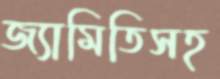
জ্যামিতিসহ